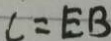
c = E B